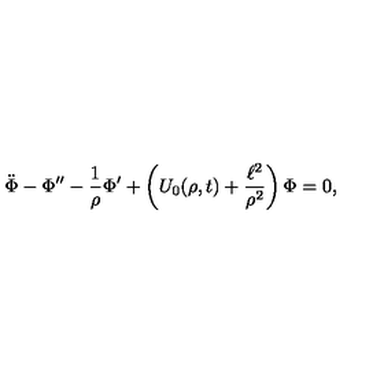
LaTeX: \ddot { \Phi } - \Phi ^ { \prime \prime } - \frac { 1 } { \rho } \Phi ^ { \prime } + \left( U _ { 0 } ( \rho , t ) + \frac { \ell ^ { 2 } } { \rho ^ { 2 } } \right) \Phi = 0 ,